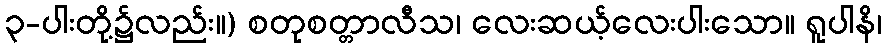
၃-ပါးတို့၌လည်း။) စတုစတ္တာလီသ၊ လေးဆယ့်လေးပါးသော။ ရူပါနိ၊